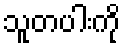
သူတပါးကို